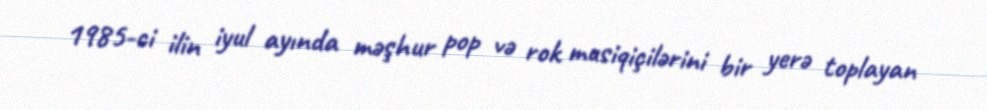
1985-ci ilin iyul ayında məşhur pop və rok musiqiçilərini bir yerə toplayan